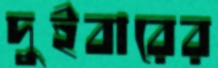
দুইবারের